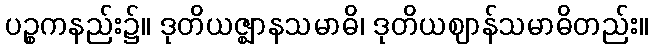
ပဉ္စကနည်း၌။ ဒုတိယဇ္ဈာနသမာဓိ၊ ဒုတိယဈာန်သမာဓိတည်း။